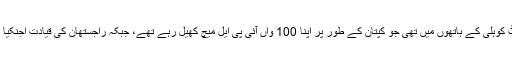
بنگلور کی کمان وراٹ کوہلی کے ہاتھوں میں تھی جو کپتان کے طور پر اپنا 100 واں آئی پی ایل میچ کھیل رہے تھے، جبکہ راجستھان کی قیادت اجنکیا رہانے کر رہے تھے۔